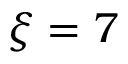
{ \xi } = 7